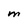
Character: m